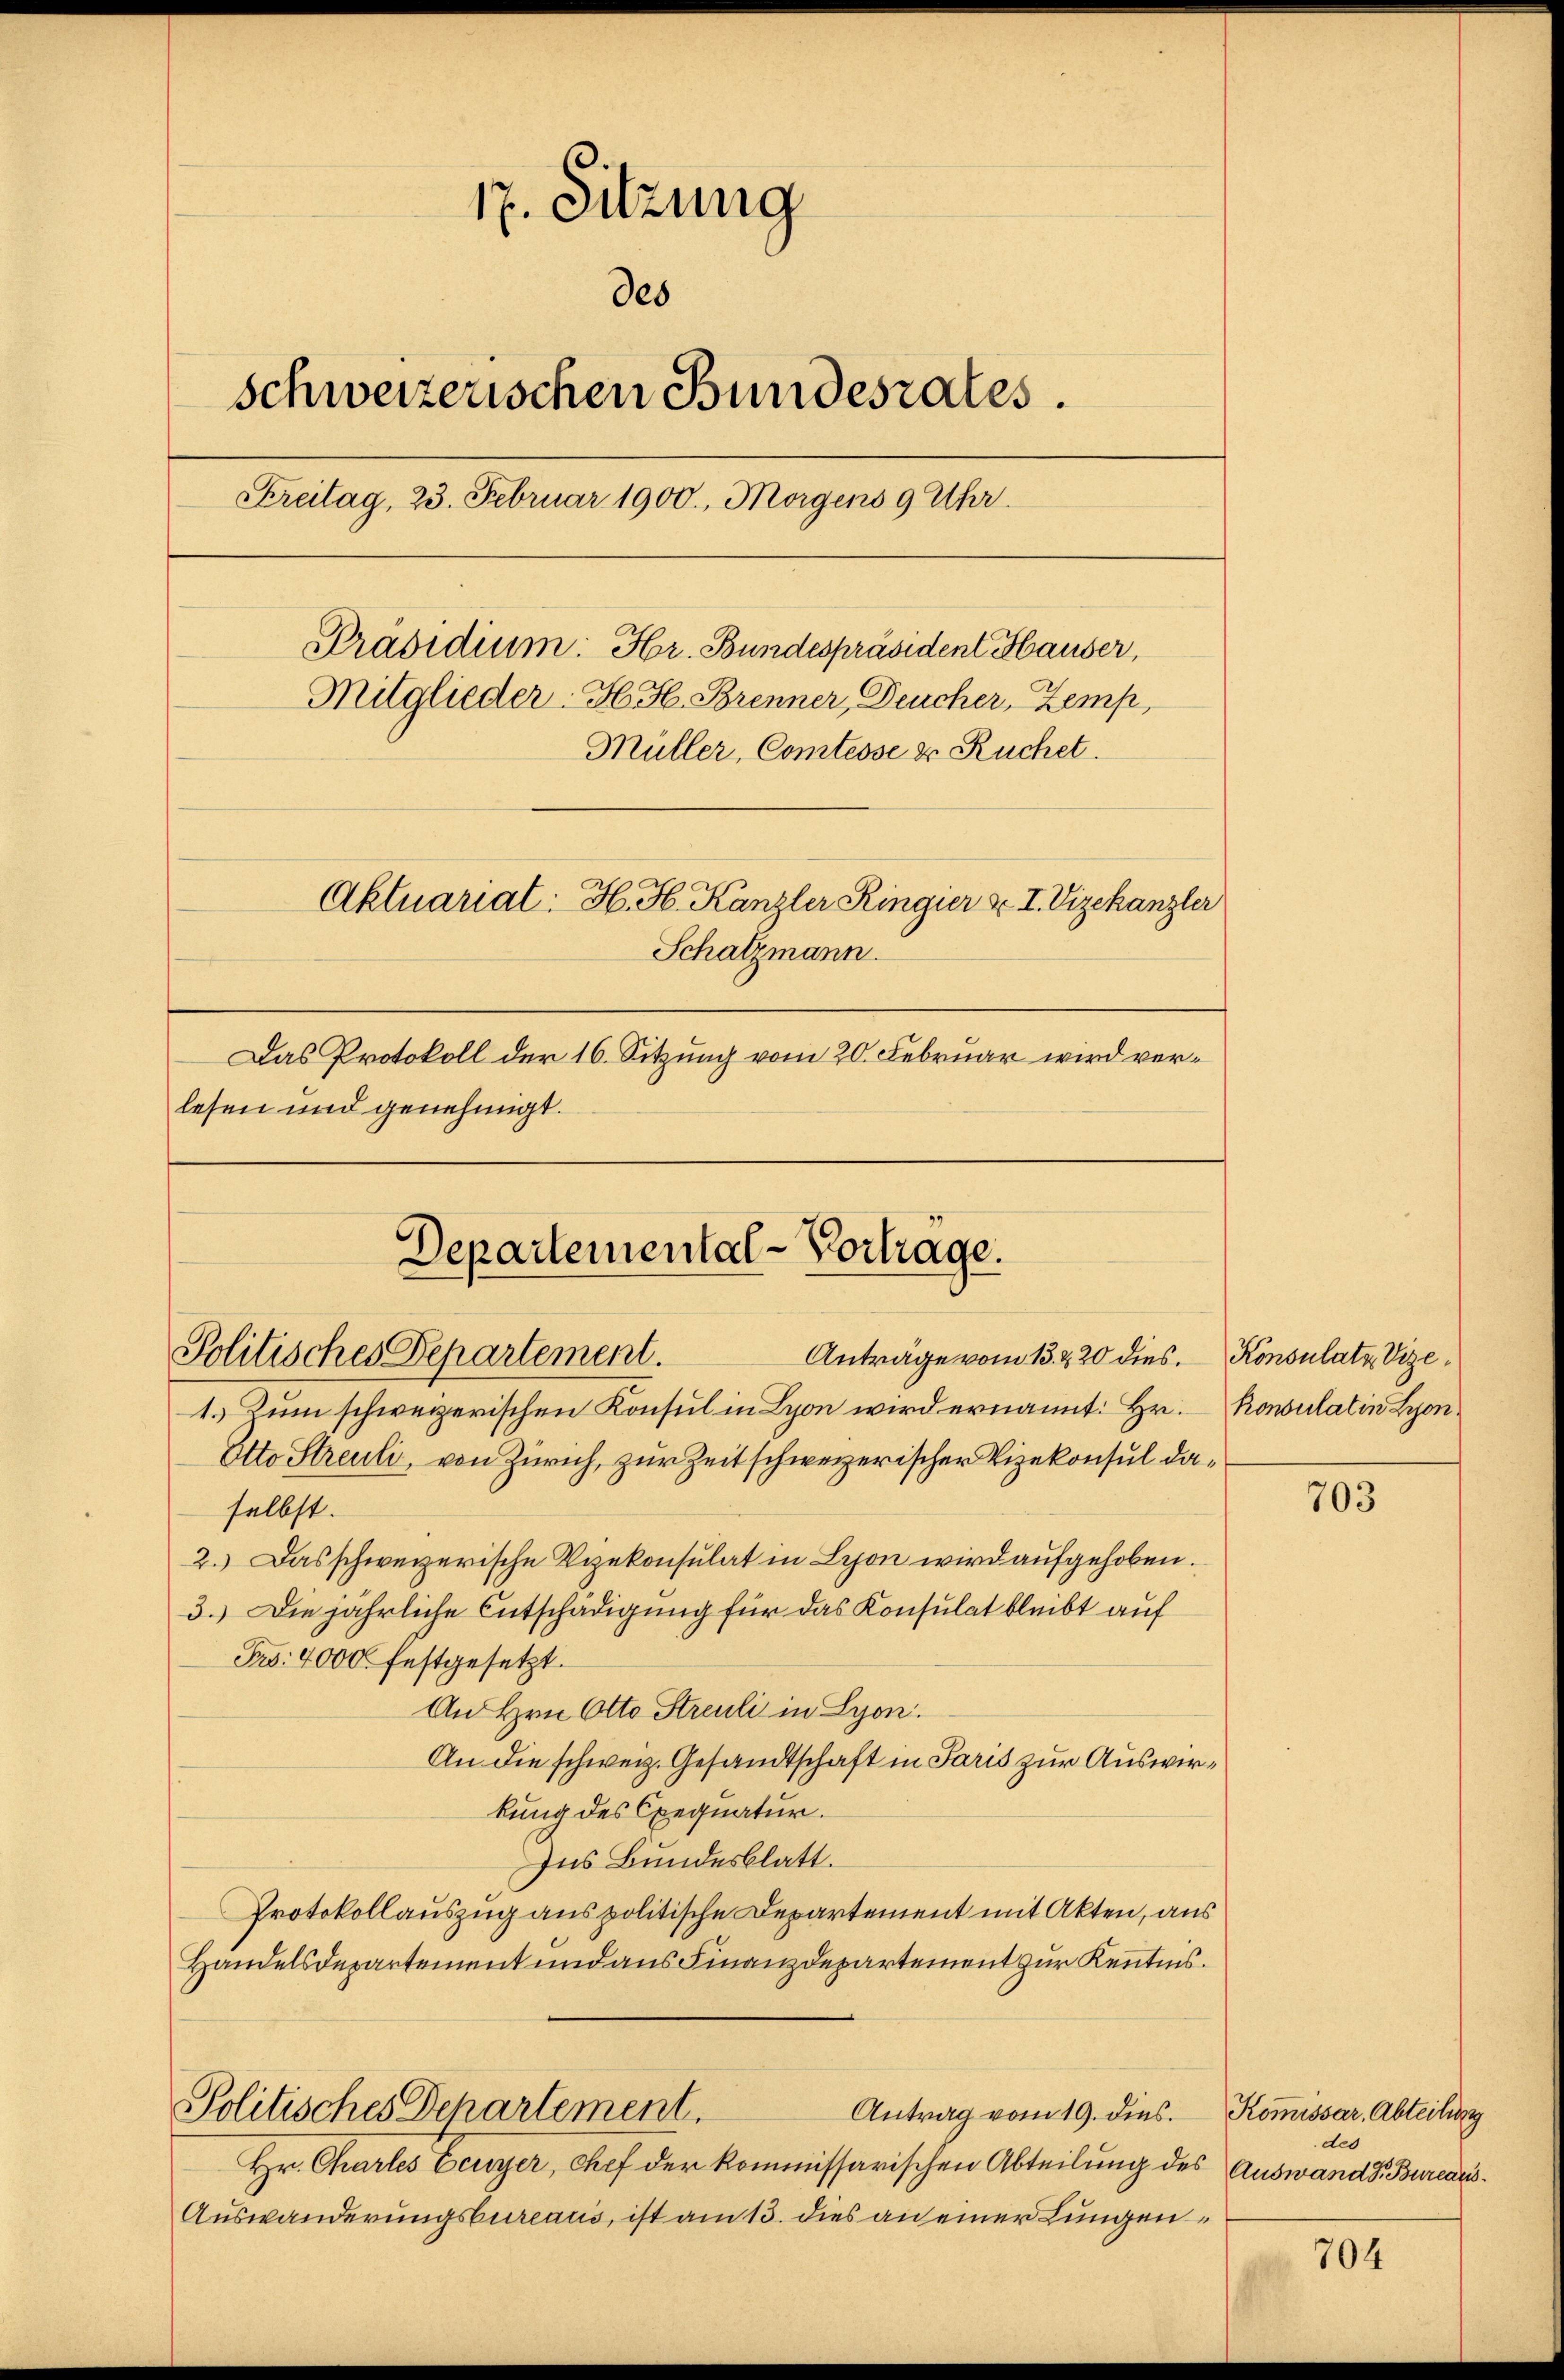
17. Sitzung
des
schweizerischen Bundesrates.
Freitag, 23. Februar 1900., Morgens 9 Uhr.
Präsidium: Hr. Bundespräsident Hauser,
Mitglieder. H. H. Brenner, Deucher, Zemp,
Müller, Comtesse u Ruchet.
Aktuariat: H. H. Kanzler Ringier v. I. Vizekanzler
Schatzmann.
Das Protokoll der 16. Sitzung vom 20. Februar wird verlesen und genehmigt.

Departemental-Vorträge.
Politisches Departement.
Anträge vom 13. & 20 dies. Konsulatz Vize¬

1. Zum schweizerischen Konsul in Lyon wird ernannt: Hr.
Otto Streuli, von Zürich, zur Zeit schweizerischer Vizekonsul daselbst.
2.) Das schweizerische Vizekonsulat in Schon wird aufgehoben.
3.) Die jährliche Entschädigung für das Konsulat bleibt auf
Pro. 4000. festgesetzt.
An Hrn. Otto Streuli in Lyon.
An die schweiz. Gesandtschaft in Paris zur Auswirkung des Exequatur.
Ins Bundesblatt.
Protokollauszug aus politische Departement mit Akten, aus
Handelsdepartement und aus Finanzdepartement zur Kenntnis.
Politisches Departement.
Antrag vom 19. dies.
Hr. Chartes Ecuyer, Chef der kommissarischen Abteilung des Auswandt, Bourcars¬
Auswanderungsbureaus, ist am 13. dies an einer Lungen¬

Konsulatin Lyon

703

Kommissar, Abteilung
des

704